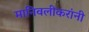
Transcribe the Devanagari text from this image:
मानिवलीकरांनी